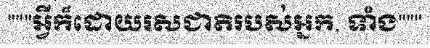
"""អ្វីក៏ដោយរសជាតិរបស់អ្នក, ទាំង"""